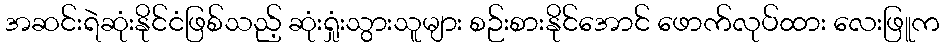
အဆင်းရဲဆုံးနိုင်ငံဖြစ်သည့် ဆုံးရှုံးသွားသူများ စဉ်းစားနိုင်အောင် ဖောက်လုပ်ထား လေးဖြူက